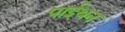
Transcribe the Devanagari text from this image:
पाईथन